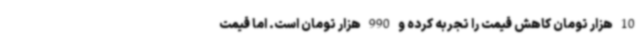
10 هزار تومان کاهش قیمت را تجربه کرده و 990 هزار تومان است. اما قیمت